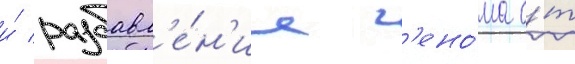
и́ разбавл'е́н'ие г'ено́ма о́т